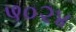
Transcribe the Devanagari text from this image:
५०२४